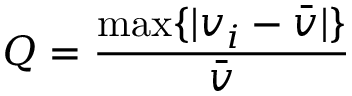
Q = \frac { \operatorname* { m a x } \{ | v _ { i } - \bar { v } | \} } { \bar { v } }